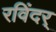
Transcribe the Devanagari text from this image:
रविंदर्